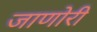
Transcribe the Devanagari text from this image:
जाणोरी